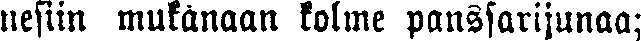
nesiin mukanaan kolme panssarijunaa;